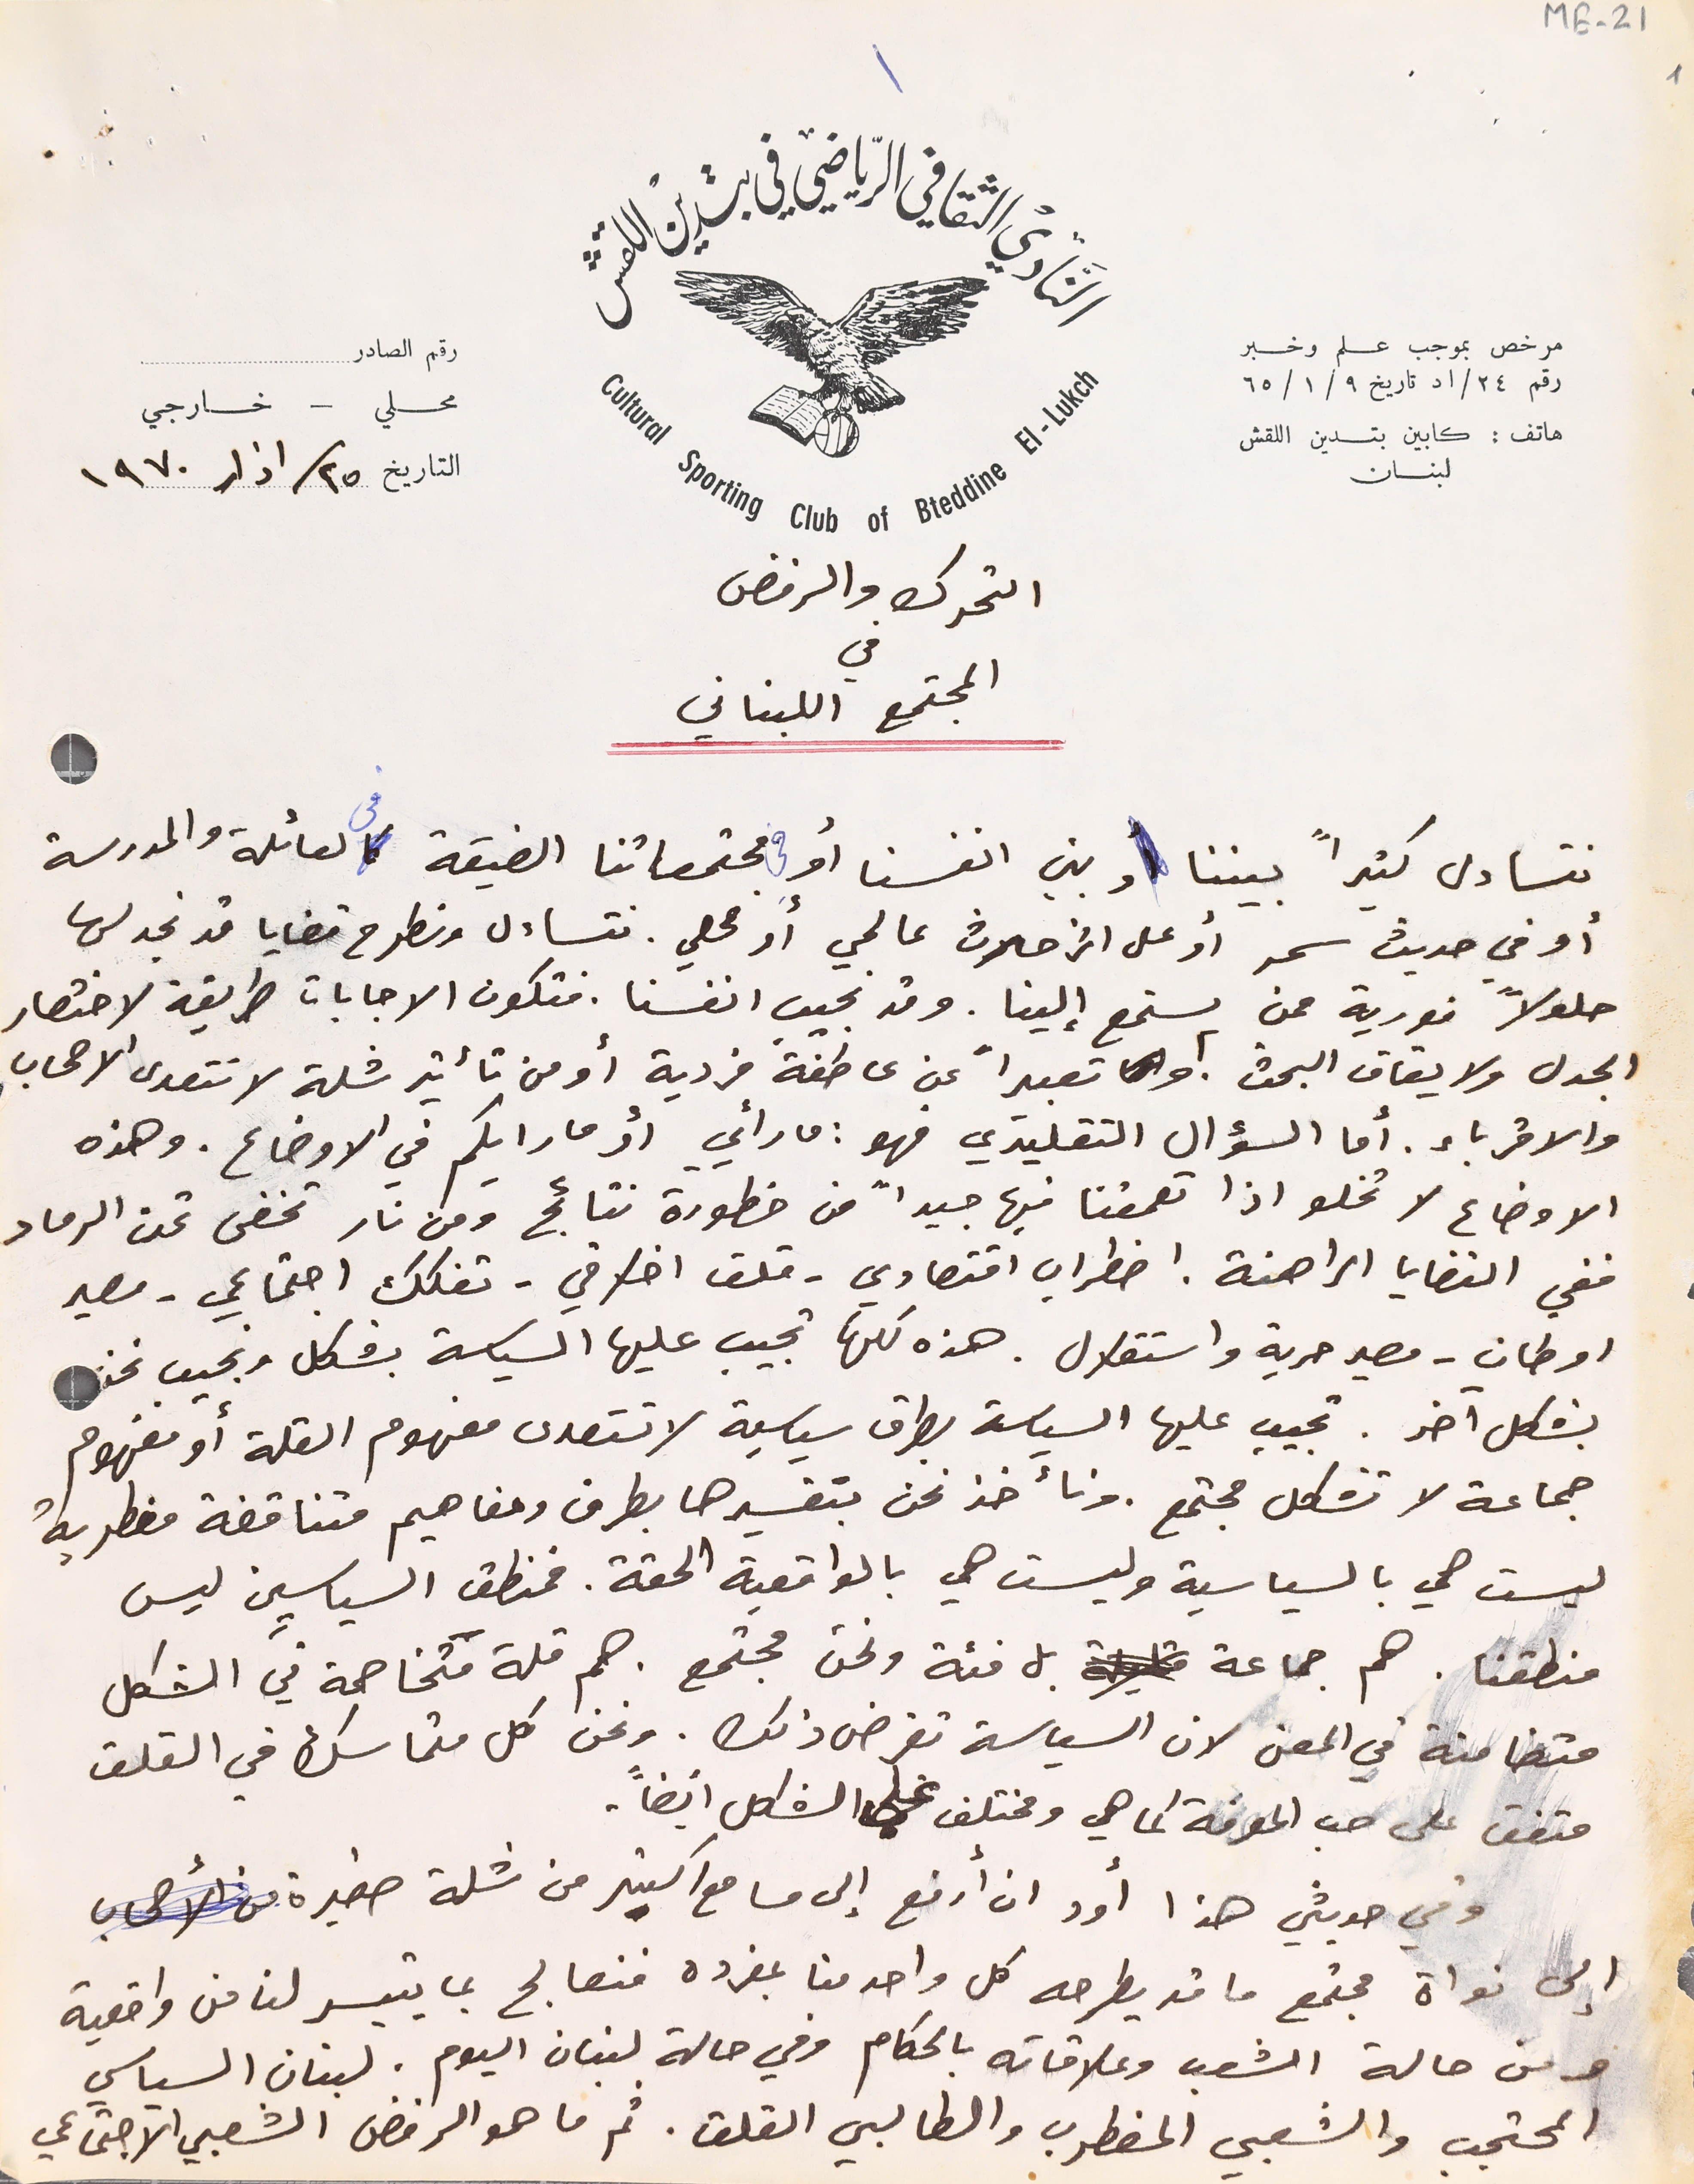
ME-21
التاريخ ٢٥ / اذار ١٩٧٠
المجتمع اللبناني
 نتساءل كثيراً بيننا وبين انفسنا أو  في مجتمعاتنا الضيقة فى لعائلة والمدرسة
 أو في حديث سمر أو على اثر حادث عالمي أو محلي. نتساءل ونطرح قضايا قد نجد لها
حلولاً فورية ممن يستمع إلينا. وقد نجيب انفسنا. فتكون الاجابات طريقة لاختصار
الجدل ولايقاف البحث او تعبيراً عن عاطفة فردية أو من تأثير شلة لا تتعدى الاصحاب
 والاقرباء. أما السؤال التقليدي فهو: ما رأي أو ما رايكم في الاوضاع. وهذه
الاوضاع لا تخلو اذا تعمقنا فيها جيداً من خطورة نتائج ومن نار تخفى تحت الرماد
 ففي القضايا الراهنة: اضطراب اقتصادي - قلق اخلاقي - تفكك اجتماعي - مصير
 اوطان - مصير حرية واستقلال. هذه كلها تجيب عليها السياسة بشكل ونجيب نحن
 بشكل آخر. تجيب عليها السياسة بطرق سياسية لاتتعدى مفهوم القلة أو مفهوم
 جماعة لا تشكل مجتمع. ونأخذ نحن بتفسيرها بطرق ومفاهيم متناقضة مضطربة
ليست هي بالسياسية وليست هي بالواقعية الحقة. فمنطق السياسيين ليس
 منطقنا. هم جماعة بل فئة ونحن مجتمع. هم قلة متخاصمة في الشكل
 متضامنة في المعنى لان السياسة تفرض ذلك. ونحن كل متماسك في القلق
 متفق على حب المعرفة كما هي ومختلف على الشكلِ ايضاً.
 وفي حديثي هذا أود ان أرفع إلى مسامع اكثر من شلة صغيرة
مرخص بموجب علم وخبر رقم ٢٤/اد تاريخ ٩/ ١/ ٦٥
هاتف : كابين بتدين اللقش
لبنان
النَادي الثقافي الرياضي في بتدين اللقش
رقم الصادر محلي – خارجي
التحرك والرفض في
إلى نواة مجتمع ما قد يطرحه كل واحد منا بمفرده فنعالج بما تيسر لنا من واقعية
ومن حالة الشعب وعلاقاته بالحكام وفي حالة لبنان اليوم . لبنان السياسي
المحتجب والشعبي المضطرب والطالبي القلق. ثم ما هو الرفض الشعبي الاجتماعي